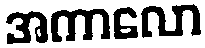
အကာလော